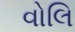
વોલિ